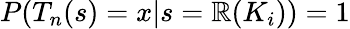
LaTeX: P(T_{n}(s)=x|s=\mathbb{R}(K_{i}))=1